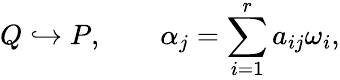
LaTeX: Q\hookrightarrow P,\qquad\alpha_{j}=\sum_{i=1}^{r}a_{ij}\omega_{i},